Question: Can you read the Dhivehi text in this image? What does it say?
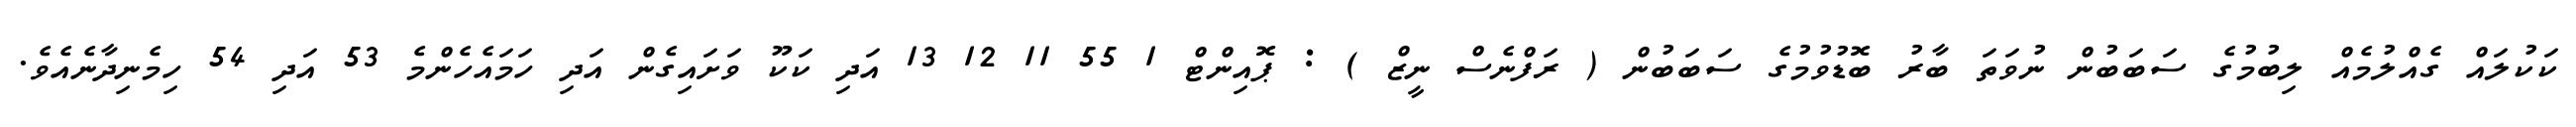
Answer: ކަކުލައް ގެއްލުމެއް ލިބުމުގެ ސަބަބުން ނުވަތަ ބާރު ބޮޑުވުމުގެ ސަބަބުން ( ރަފްނެސް ނީޒް ) : ޕޮއިންޓް 1 55 11 12 13 އަދި ކަކޫ ވަށައިގެން އަދި ހަމައެހެންމެ 53 އަދި 54 ހިމެނިދާނެއެވެ.